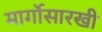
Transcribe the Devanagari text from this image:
मार्गोसारखी